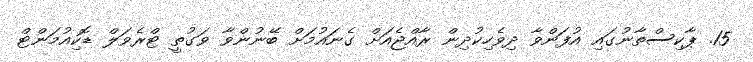
15. ޕާކިސްތާނުގައި އުފަންވާ ދިވެހިކުދިން ރާއްޖެއަށް ގެނައުމަށް ބޭނުންވާ ވަގުތީ ޓްރެވަލް ޑޮކިއުމަންޓް